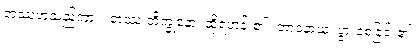
တဿဟူသည်ကား။ တဿ ဘိက္ခုနော၊ ထိုရဟန်း၏။ ဘာဝနာယ၊ ပွားစေခြင်း၏။